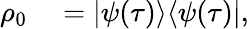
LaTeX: \begin{array}{rl}{\rho_{0}}&{{}=|\psi(\tau)\rangle\langle\psi(\tau)|,}\end{array}